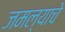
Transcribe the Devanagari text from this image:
जमल्याचे